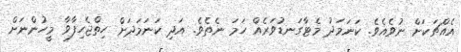
އެއްޗަކަށް ނުވެއެވެ. ކަނަމަދު މެޓާގަނޑުވަރެއް ހަމަ ނެތެވެ. އަދި ކަނަމަދަށް ހިތްޖެހިފާވާ މީހުންނަށް